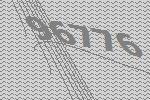
96776